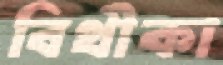
বিথীকা